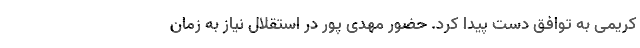
کریمی به توافق دست پیدا کرد. حضور مهدی پور در استقلال نیاز به زمان